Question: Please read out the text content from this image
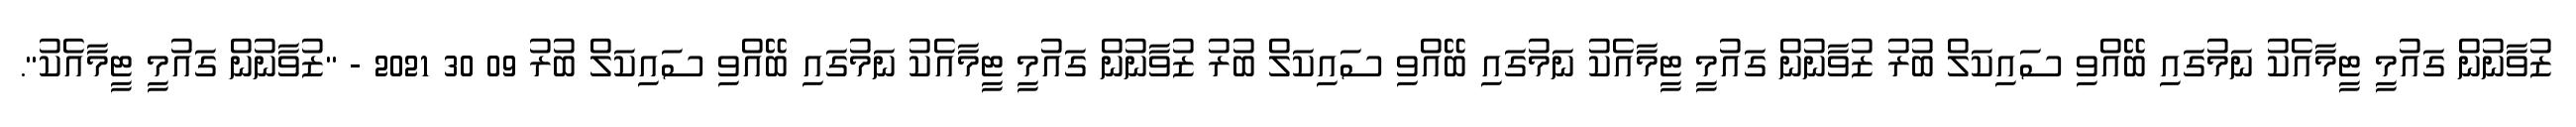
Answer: ޒުވާނުން ގައުމީ ޓީމާއެކު ނަމުގައި ބޭއްވި ސައިކަލް ބުރު ޒުވާނުން ގައުމީ ޓީމާއެކު ނަމުގައި ބޭއްވި ސައިކަލް ބުރު ޒުވާނުން ގައުމީ ޓީމާއެކު ނަމުގައި ބޭއްވި ސައިކަލް ބުރު 09 30 2021 - "ޒުވާނުން ގައުމީ ޓީމާއެކު".